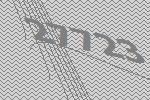
27723